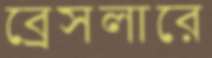
ব্রেসলারে